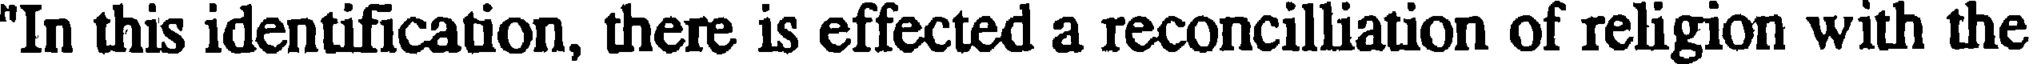
"In this identification, there is effected a reconcilliation of religion with the